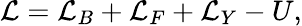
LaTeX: {\cal L}={\cal L}_{B}+{\cal L}_{F}+{\cal L}_{Y}-U,